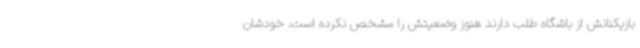
بازیکنانش از باشگاه طلب دارند هنوز وضعیتش را مشخص نکرده است. خودشان